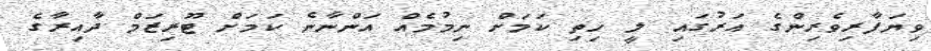
ވިޔަފާރިވެރިންގެ އަރުގައި ލީ ހިތި ކަމަށް ނިމުމެއް އަންނާނެ ކަމަށް ޓޫރިޒަމް ދާއިރާގެ